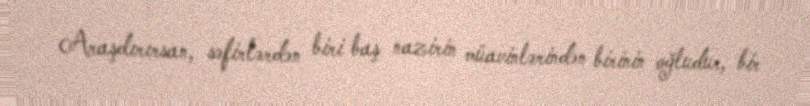
Araşdırırsan, səfirlərdən biri baş nazirin müavinlərindən birinin oğludur, bir